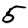
Digit: 5